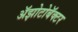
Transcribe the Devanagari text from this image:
अॅझोटोबॅक्टर